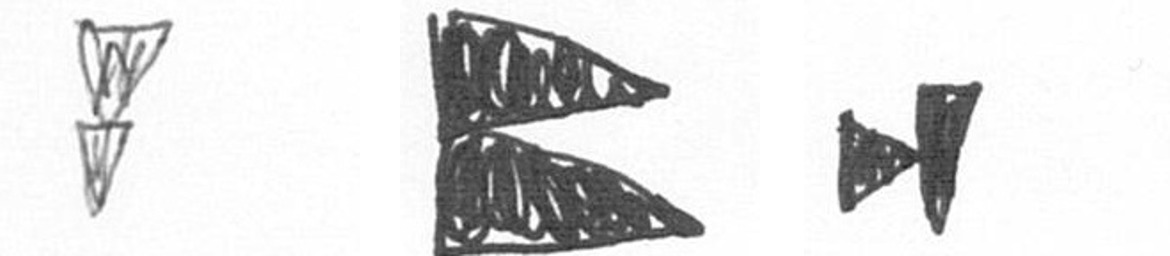
Z P M